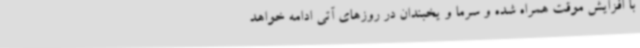
با افزایش موقت همراه شده و سرما و یخبندان در روزهای آتی ادامه خواهد